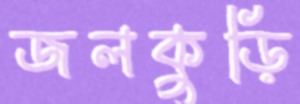
জলকুড়ি